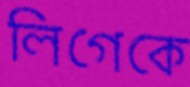
লিগেকে